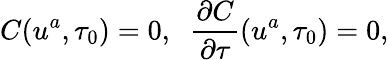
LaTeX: C(u^{a},\tau_{0})=0,\; \; \frac{\partial C}{\partial\tau}(u^{a},\tau_{0})=0,